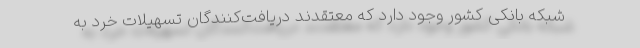
شبکه بانکی کشور وجود دارد که معتقدند دریافت‌کنندگان تسهیلات خرد به